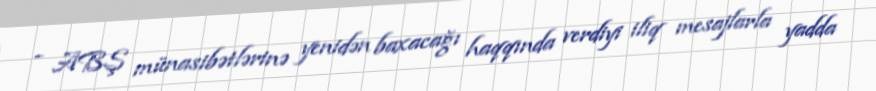
- ABŞ münasibətlərinə yenidən baxacağı haqqında verdiyi iliq mesajlarla yadda